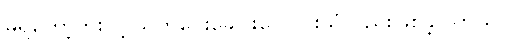
မရတော့ဘူးလို့ သတိပေးခေါင်းလောင်းသံလည်းဖြစ်ခဲ့ပါတယ်။